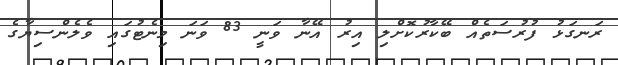
ރަނގަޅު ފުރުސަތެއް ބޭކާރުކޮށްލި އިރު އޭނާ ވަނީ 83 ވަނަ މިނެޓުގައި ވެލެންސިޔާގެ